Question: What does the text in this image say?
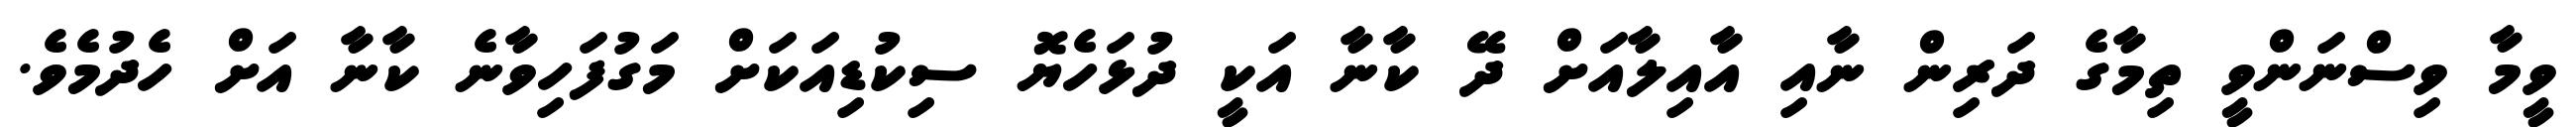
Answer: ވީމާ ވިސްނަންވީ ތިމާގެ ދަރިން ނާއި އާއިލާއަށް ދޭ ކާނާ އަކީ ދުޅަހެޔޮ ސިކުޑިއަކަށް މަގުފަހިވާނެ ކާނާ އަށް ހެދުމެވެ.